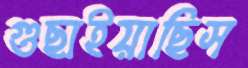
গুছাইয়াছিস